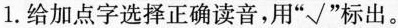
1.给加点字选择正确读音，用”√”标出。